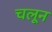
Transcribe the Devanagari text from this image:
चलून